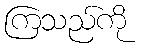
ကြသည်ကို